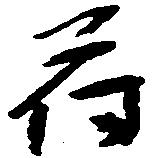
符